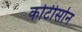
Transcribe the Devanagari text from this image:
कोर्टीसोन